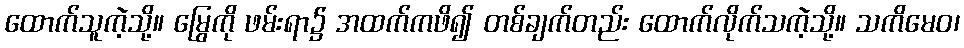
ထောက်သူကဲ့သို့။ မြွေကို ဖမ်းရာ၌ အထက်ကဖိ၍ တစ်ချက်တည်း ထောက်လိုက်သကဲ့သို့။ သကိမေဝ၊